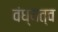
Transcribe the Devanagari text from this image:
वंध्यत्व